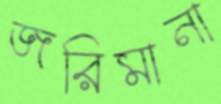
জরিমানা